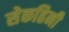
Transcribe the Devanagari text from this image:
सेकहिनी